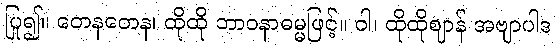
ပြု၍။ တေနတေန၊ ထိုထို ဘာဝနာဓမ္မဖြင့်။ ဝါ၊ ထိုထိုဈာန် အဗျာပါဒ